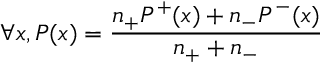
\forall x , P ( x ) = \frac { n _ { + } P ^ { + } ( x ) + n _ { - } P ^ { - } ( x ) } { n _ { + } + n _ { - } }